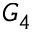
G _ { 4 }